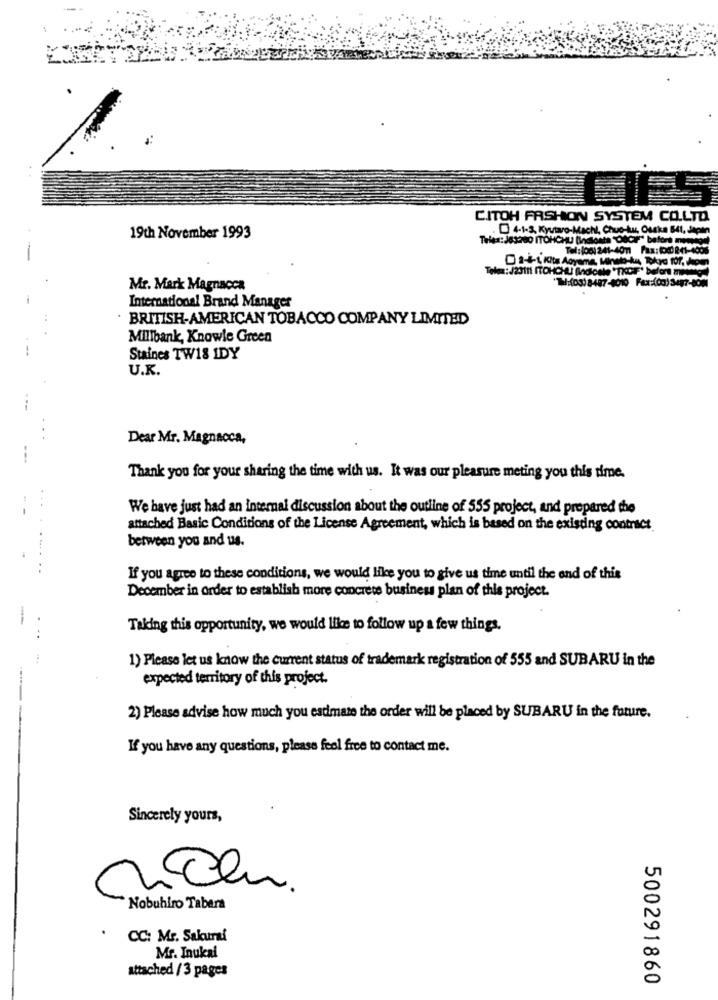
CITOH FASHION SYSTEM CO.LTD
·4-1-3, Kytaro-Machi, Chuchu, Osaka 541, Japan
19th November 1993
Teles:383200 ITOHCHU (insosta"Dêcar" bafort museoa)
Tel: (00) 241-4011 Fax: (08841-4005
Teles:J23111 ITOHCHU) Andicale "TKOIF* before mesmos)
"The:(os) 8487-4010 Fax:(co) 3487-8001
Mr. Mark Magnacca
International Brand Manager
BRITISH-AMERICAN TOBACCO COMPANY LIMITED
Millbank, Knowle Green
Staines TW18 IDY
U.K.
Dear Mr. Magnacca,
Thank you for your sharing the time with us. It was our pleasure meting you this time.
We have just had an internal discussion about the outline of 555 project, and prepared the
attached Basic Conditions of the License Agreement, which is based on the existing contract
between you and us.
If you agree to these conditions, we would like you to give us time until the end of this
December in order to establish more concrete business plan of this project.
Taking this opportunity, we would like to follow up a few things.
1) Please let us know the current status of trademark registration of 555 and SUBARU in the
expected territory of this project.
2) Please advise how much you estimate the order will be placed by SUBARU in the future.
If you have any questions, please feel free to contact me.
Sincerely yours,
Nobuhiro Tabera
.
CC: Mr. Sakurai
Mr. Inukal
attached / 3 pages
500291860